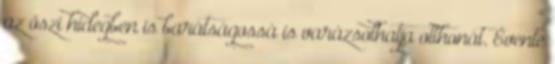
az őszi hidegben is barátságossá is varázsolhatja otthonát. Évente